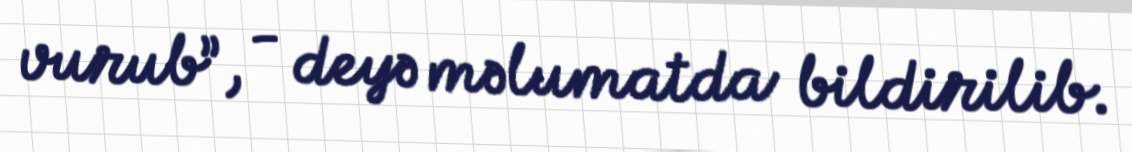
vurub”, - deyə məlumatda bildirilib.